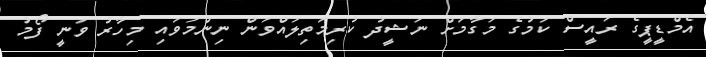
އެމްޑީޕީގެ ރައީސް ކަމުގެ މަގާމަށް ނަޝީދު ކުރިމަތިލައްވަން ނިންމަވައި މިހާރު ވަނީ ފޯމު